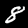
Digit: 8